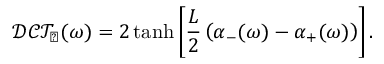
\mathcal { D C T } _ { \perp } ( \omega ) = 2 \operatorname { t a n h } \left[ \frac { L } { 2 } \left( \alpha _ { - } ( \omega ) - \alpha _ { + } ( \omega ) \right) \right] .